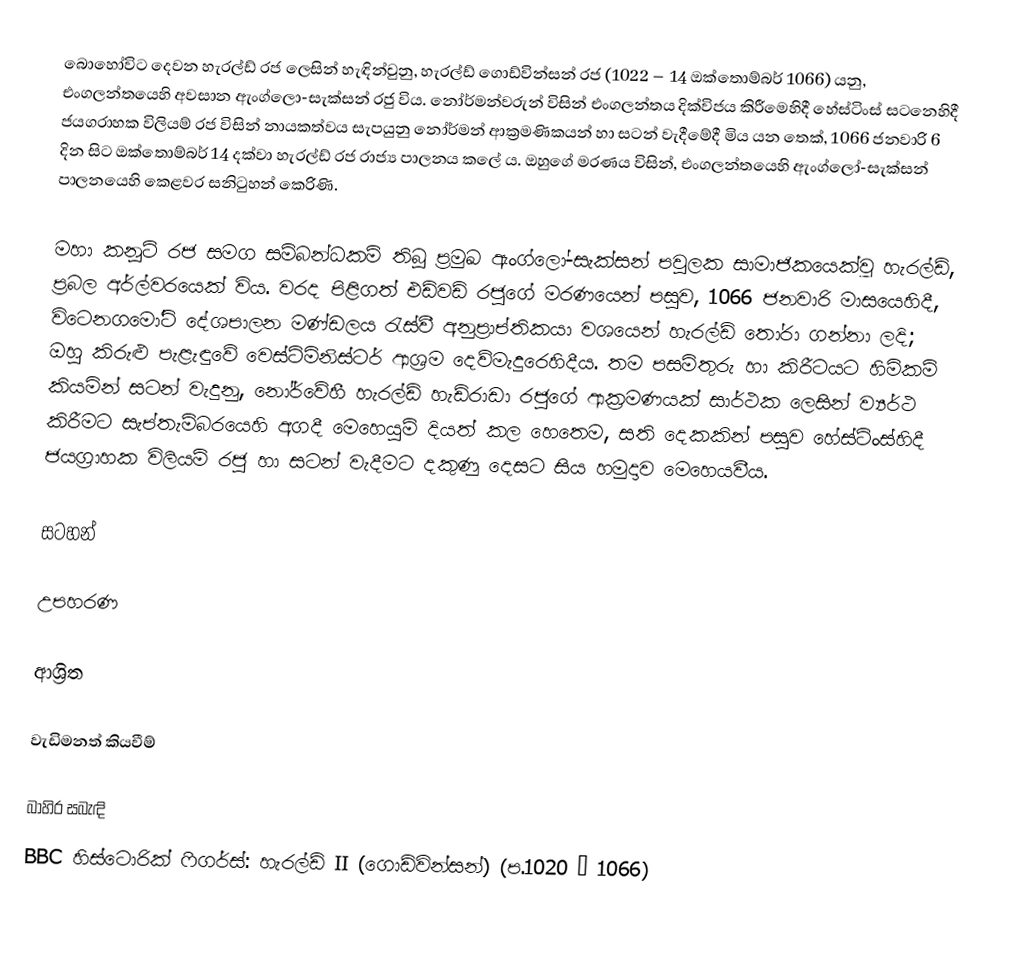
බොහෝවිට දෙවන හැරල්ඩ් රජ ලෙසින් හැඳින්වුනු, හැරල්ඩ් ගොඩ්වින්සන් රජ (1022 – 14 ඔක්තොම්බර් 1066) යනු, එංගලන්තයෙහි  අවසාන ඇංග්ලො-සැක්සන් රජු විය. නෝර්මන්වරුන් විසින් එංගලන්තය දික්විජය කිරීමෙහිදී   හේස්ටිංස් සටනෙහිදී  ජයග‍්‍රාහක විලියම් රජ විසින් නායකත්වය සැපයුනු නෝර්මන් ආක්‍රමණිකයන් හා සටන් වැදීමේදී මිය යන තෙක්, 1066 ජනවාරි 6 දින සිට  ඔක්තොම්බර් 14 දක්වා හැරල්ඩ් රජ රාජ්‍ය පාලනය කලේ ය. ඔහුගේ මරණය විසින්,  එංගලන්තයෙහි ඇංග්ලෝ-සැක්සන් පාලනයෙහි කෙළවර සනිටුහන් කෙරිණි.

මහා කනූට් රජ සමග සම්බන්ධකම් තිබූ ප්‍රමුඛ ඇංග්ලෝ-සැක්සන් පවුලක සාමාජිකයෙක්වූ හැරල්ඩ්, ප්‍රබල අර්ල්වරයෙක් විය.  වරද පිළිගත් එඩ්වඩ් රජුගේ මරණයෙන් පසුව, 1066 ජනවාරි මාසයෙහිදී, විටෙනගමෝට් දේශපාලන මණ්ඩලය රැස්වී අනුප්‍රාප්තිකයා වශයෙන් හැරල්ඩ් තෝරා ගන්නා ලදි; ඔහු කිරුළු පැළැඳුවේ   වෙස්ට්මිනිස්ටර් ආශ්‍රම දෙව්මැදුරෙහිදීය. තම පසමිතුරු හා කිරීටයට හිමිකම් කියමින් සටන් වැදුනු, නෝර්වේහී  හැරල්ඩ් හැඩ්රාඩා රජුගේ ආක්‍රමණයක් සාර්ථක ලෙසින් ව්‍යර්ථ කිරීමට සැප්තැම්බරයෙහි අගදී මෙහෙයුම් දියත් කල හෙතෙම, සති දෙකකින් පසුව හේස්ටිංස්හිදී ජයග්‍රාහක විලියම් රජු හා සටන් වැදීමට දකුණු දෙසට සිය හමුදාව මෙහෙයවීය.

සටහන්

උපහරණ

ආශ්‍රිත

වැඩිමනත් කියවීම්

බාහිර සබැඳි
 BBC හිස්ටොරික් ෆිගර්ස්: හැරල්ඩ් II (ගොඩ්වින්සන්) (ප.1020 – 1066)